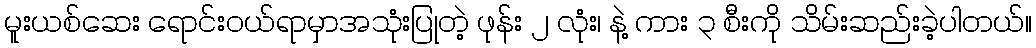
မူးယစ်ဆေး ရောင်းဝယ်ရာမှာအသုံးပြုတဲ့ ဖုန်း ၂ လုံး၊ နဲ့ ကား ၃ စီးကို သိမ်းဆည်းခဲ့ပါတယ်။